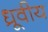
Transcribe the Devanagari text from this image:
ध्रूवीय